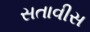
સતાવીસ